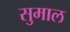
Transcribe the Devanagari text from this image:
सुमाल